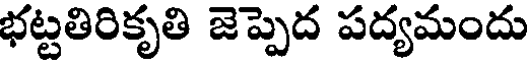
భట్టతిరికృతి జెప్పెద పద్యమందు